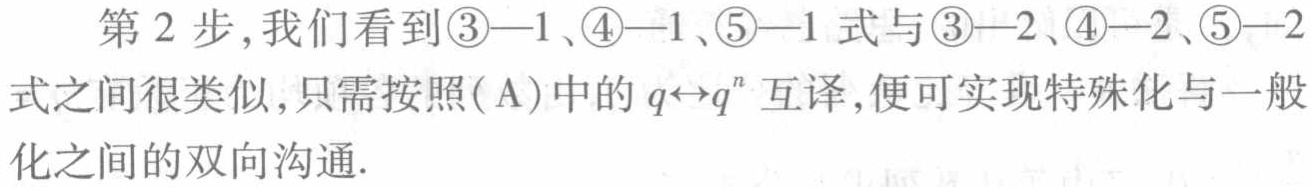
第 2 步,我们看到\(\textcircled{3}—1\)、\(\textcircled{4}—1\)、\(\textcircled{5}—1\) 式与\(\textcircled{3}—2\)、\(\textcircled{4}—2\)、\(\textcircled{5}—2\)式之间很类似,只需按照\((\text{A})\)中的 \(q\leftrightarrow q^{n}\) 互译,便可实现特殊化与一般化之间的双向沟通.